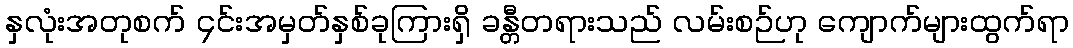
နှလုံးအတုစက် ၄င်းအမှတ်နှစ်ခုကြားရှိ ခန္တီတရားသည် လမ်းစဉ်ဟု ကျောက်များထွက်ရာ